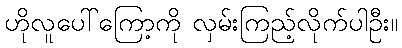
ဟိုလူပေါ်ကြော့ကို လှမ်းကြည့်လိုက်ပါဦး။